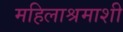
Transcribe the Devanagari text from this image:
महिलाश्रमाशी